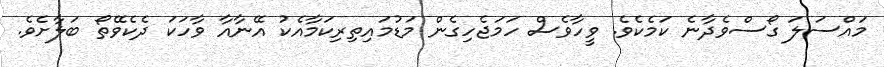
މައްސަލަ ގޯސްވެދާނެ ކަމެކެވެ. ވީހާވެސް ހަމަޖެހިގެން މަޑުމައިތިރިކަމާއެކު އޭނާއާ ވާހަކަ ދެކެވޭތޯ ބަލާށެވެ.